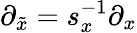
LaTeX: \partial_{\tilde{x}}=s_{x}^{-1}\partial_{x}